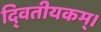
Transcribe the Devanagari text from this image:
दि्वतीयकम्।